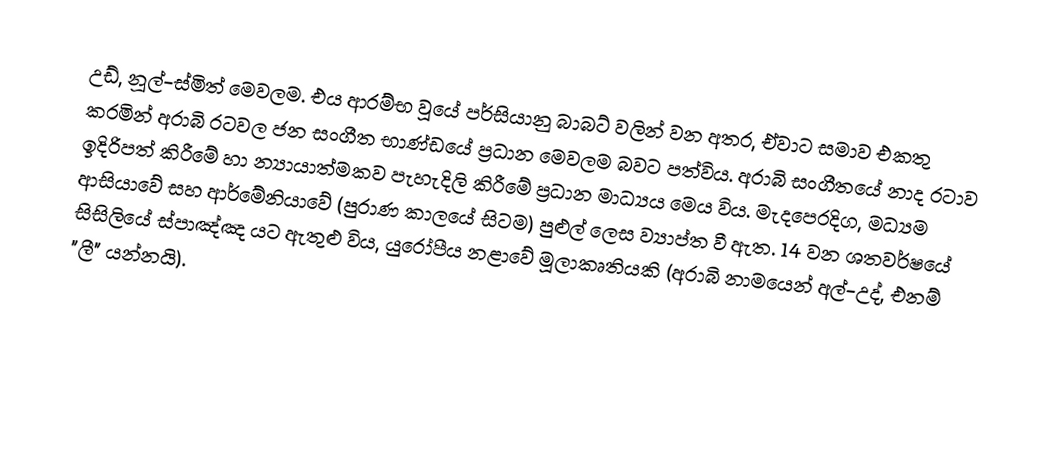
උඩ්, නූල්-ස්මිත් මෙවලම. එය ආරම්භ වූයේ පර්සියානු බාබට් වලින් වන අතර, ඒවාට සමාව එකතු කරමින් අරාබි රටවල ජන සංගීත භාණ්ඩයේ ප්‍රධාන මෙවලම බවට පත්විය. අරාබි සංගීතයේ නාද රටාව ඉදිරිපත් කිරීමේ හා න්‍යායාත්මකව පැහැදිලි කිරීමේ ප්‍රධාන මාධ්‍යය මෙය විය. මැදපෙරදිග, මධ්‍යම ආසියාවේ සහ ආර්මේනියාවේ (පුරාණ කාලයේ සිටම) පුළුල් ලෙස ව්‍යාප්ත වී ඇත. 14 වන ශතවර්ෂයේ සිසිලියේ ස්පාඤ්ඤ  යට ඇතුළු විය, යුරෝපීය නළාවේ මූලාකෘතියකි (අරාබි නාමයෙන් අල්-උද්, එනම් "ලී" යන්නයි).